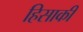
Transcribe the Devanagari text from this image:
हिसाकी